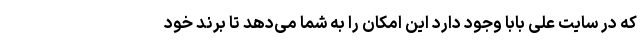
که در سایت علی بابا وجود دارد این امکان را به شما می‌دهد تا برند خود